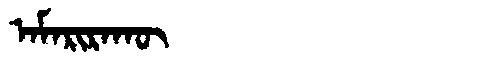
Manchu: ᠠᠮᠠᡵᡳᡵᠠᡴᡡ
Romanization: AMARIRAKŪ